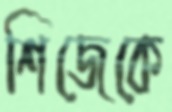
শিজেকে